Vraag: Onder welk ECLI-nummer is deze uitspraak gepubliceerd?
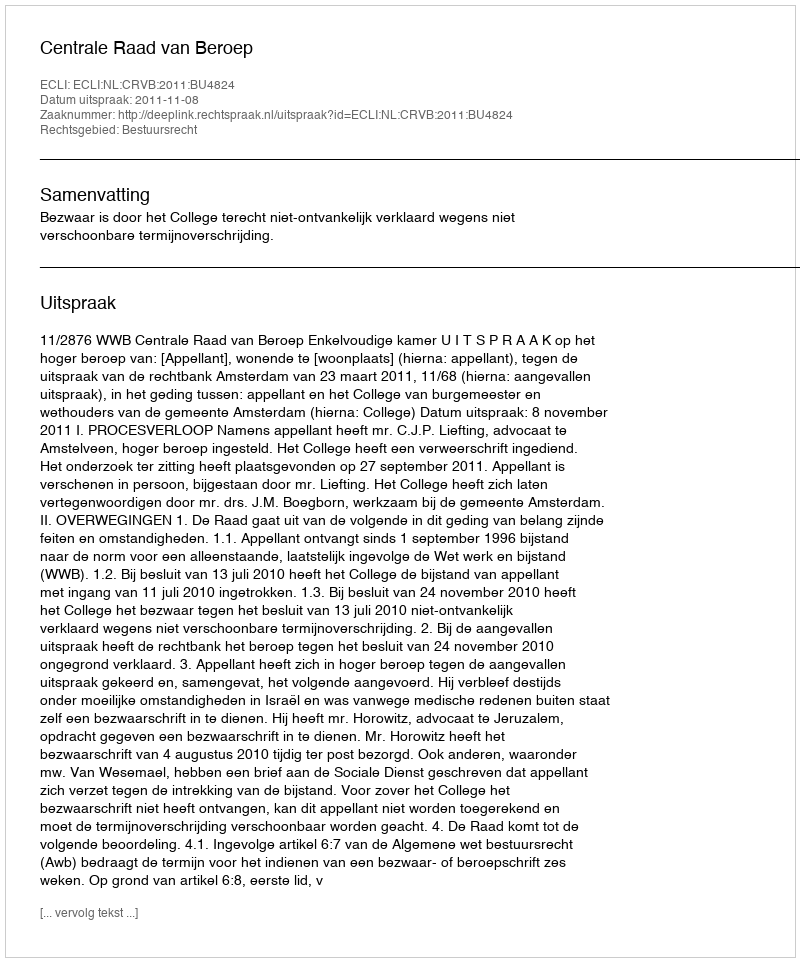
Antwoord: ECLI:NL:CRVB:2011:BU4824